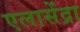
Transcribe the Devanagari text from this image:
एलासेंद्रा